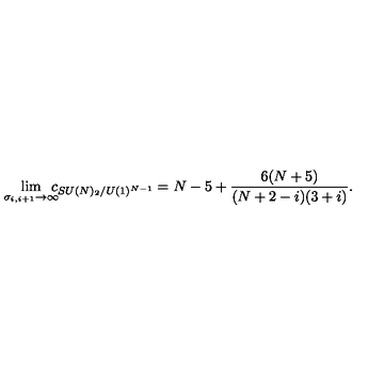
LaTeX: \lim _ { \sigma _ { i , i + 1 } \rightarrow \infty } \! \! \! \! c _ { S U ( N ) _ { 2 } / U ( 1 ) ^ { N - 1 } } = N - 5 + \frac { 6 ( N + 5 ) } { ( N + 2 - i ) ( 3 + i ) } .